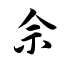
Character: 佘